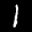
Label: 1